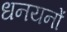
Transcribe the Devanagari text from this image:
धनयनों